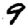
Digit: 9